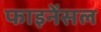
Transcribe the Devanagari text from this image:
फाइनेंसल